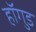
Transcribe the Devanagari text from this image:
हॉगुड